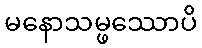
မနောသမ္ဖဿောပိ